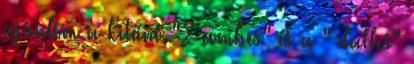
ajánlom a kitűnő "2 combes" és a " dalles"